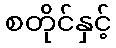
စတိုင်နှင့်